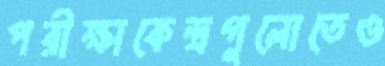
পরীক্ষাকেন্দ্রগুলোতেও